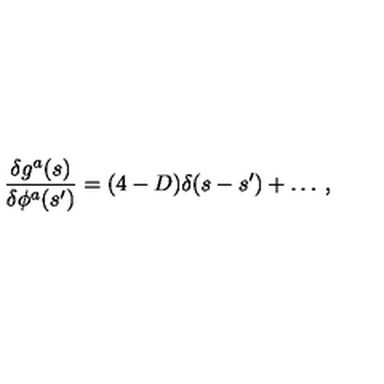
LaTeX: \frac { \delta g ^ { a } ( s ) } { \delta \phi ^ { a } ( s ^ { \prime } ) } = ( 4 - D ) \delta ( s - s ^ { \prime } ) + \ldots \: ,